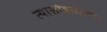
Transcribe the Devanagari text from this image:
त्यासोबतीला